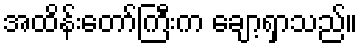
အထိန်းတော်ကြီးက ချော့ရှာသည်။